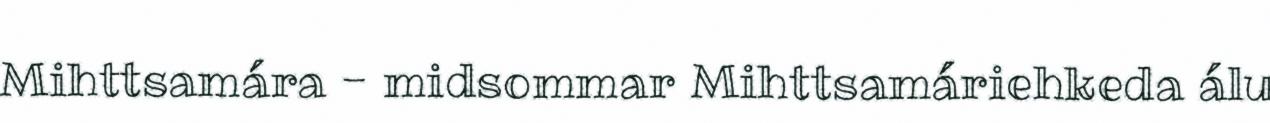
Mihttsamára - midsommar Mihttsamáriehkeda álu